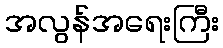
အလွန်အရေးကြီး